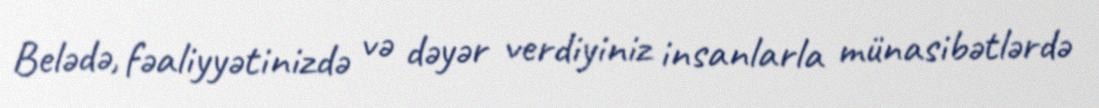
Belədə, fəaliyyətinizdə və dəyər verdiyiniz insanlarla münasibətlərdə